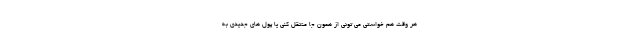
هر وقت هم خواستی می تونی از همون جا منتقل کنی یا پول های جدیدی به